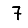
Digit: 7